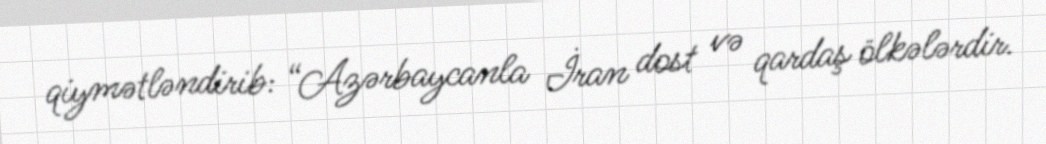
qiymətləndirib: “Azərbaycanla İran dost və qardaş ölkələrdir.